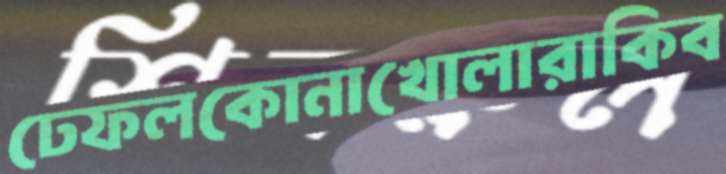
ঢেফলকোনাখোলারাকিব